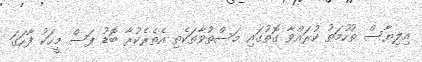
އިލިޔާސް ތުހުމަތު ކުރައްވާ ގޮތުގައި މަސްތުވާތަކެތި އެތެރެކުރާ ބޮޑު ފަސް މީހަކު ފާހަގަ